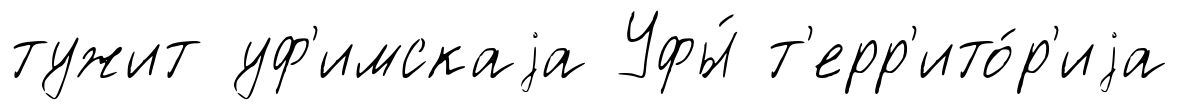
тужит уф'имскаjа Уфы́ т'ерр'ито́р'иjа